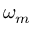
\omega _ { m }